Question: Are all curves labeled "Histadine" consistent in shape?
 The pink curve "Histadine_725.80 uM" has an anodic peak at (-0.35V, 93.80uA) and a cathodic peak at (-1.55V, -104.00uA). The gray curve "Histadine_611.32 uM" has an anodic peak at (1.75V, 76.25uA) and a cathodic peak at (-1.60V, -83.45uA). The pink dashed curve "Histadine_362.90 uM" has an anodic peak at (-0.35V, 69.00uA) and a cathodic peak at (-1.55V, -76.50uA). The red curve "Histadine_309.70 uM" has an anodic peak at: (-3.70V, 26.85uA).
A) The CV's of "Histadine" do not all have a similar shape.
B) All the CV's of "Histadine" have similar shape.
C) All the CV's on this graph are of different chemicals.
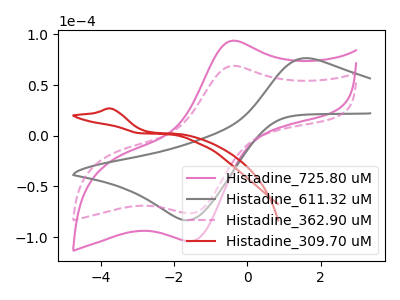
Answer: <think>"Histadine_725.80 uM" and "Histadine_611.32 uM" have at least one peak that do not match. All the peaks in "Histadine_725.80 uM" have a peak in "Histadine_362.90 uM" at the same potential. Every peak in "Histadine_725.80 uM" is higher than every peak in "Histadine_362.90 uM". "Histadine_725.80 uM" and "Histadine_309.70 uM" have a different number of peaks. "Histadine_611.32 uM" and "Histadine_362.90 uM" have at least one peak that do not match. "Histadine_611.32 uM" and "Histadine_309.70 uM" have a different number of peaks. "Histadine_362.90 uM" and "Histadine_309.70 uM" have a different number of peaks.
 </think>
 <answer>B) All the CV's of "Histadine" have similar shape.</answer>
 <eval>B</eval>